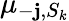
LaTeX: \mu_{-\mathbf{j},S_{k}}